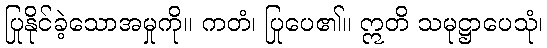
ပြုနိုင်ခဲ့သောအမှုကို။ ကတံ၊ ပြုပေ၏။ ဣတိ သမုဋ္ဌာပေသုံ၊